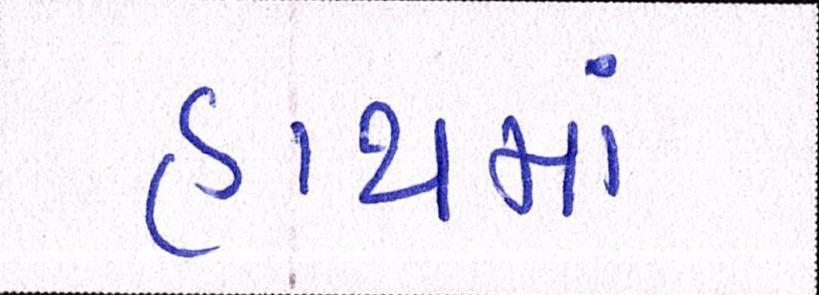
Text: હાથમાં